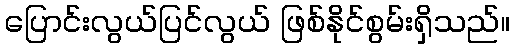
ပြောင်းလွယ်ပြင်လွယ် ဖြစ်နိုင်စွမ်းရှိသည်။